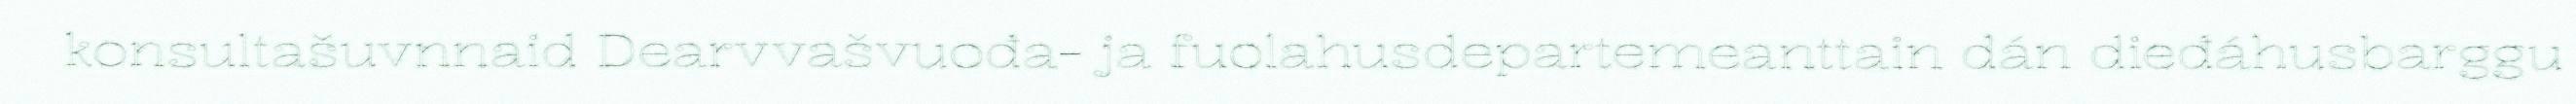
konsultašuvnnaid Dearvvašvuođa- ja fuolahusdepartemeanttain dán dieđáhusbarggu